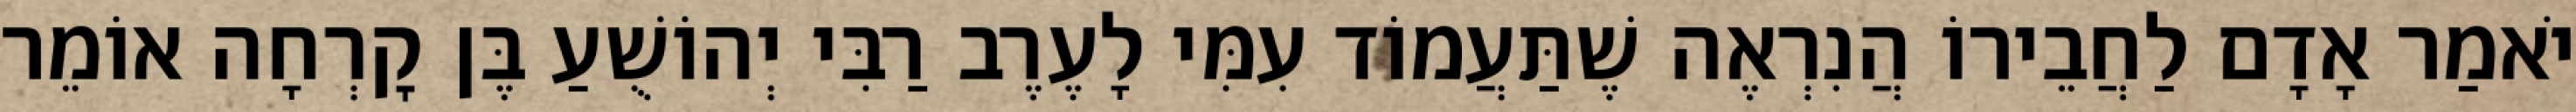
יֹאמַר אָדָם לַחֲבֵירוֹ הֲנִרְאֶה שֶׁתַּעֲמוֹד עִמִּי לָעֶרֶב רַבִּי יְהוֹשֻׁעַ בֶּן קׇרְחָה אוֹמֵר